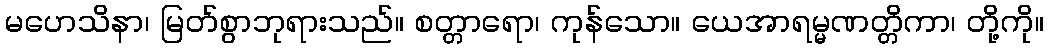
မဟေသိနာ၊ မြတ်စွာဘုရားသည်။ စတ္တာရော၊ ကုန်သော။ ယေအာရမ္မဏတ္တိကာ၊ တို့ကို။